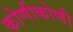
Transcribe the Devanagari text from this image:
कोणीकोणी